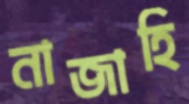
নাজাহি